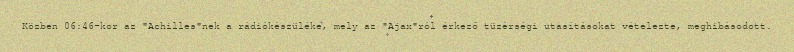
Közben 06:46-kor az "Achilles"nek a rádiókészüléke, mely az "Ajax"ról érkező tüzérségi utasításokat vételezte, meghibásodott.